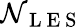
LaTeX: \mathcal{N}_{\mathrm{{~L~E~S~}}}